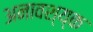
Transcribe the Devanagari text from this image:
अनावश्य्क